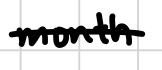
Text: month
Cross-out: single-line
Writing tool: digital_black